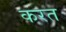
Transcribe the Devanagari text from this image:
करत